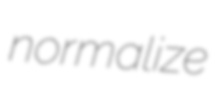
normalize